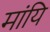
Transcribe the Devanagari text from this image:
मांयि